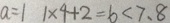
a = 1 1 \times 4 + 2 = 6 < 7 . 8